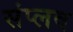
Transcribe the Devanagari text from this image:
संप्लव